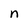
Character: n